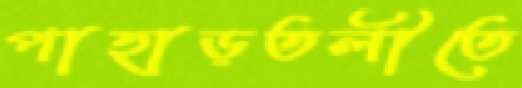
পাহাড়তলীতে